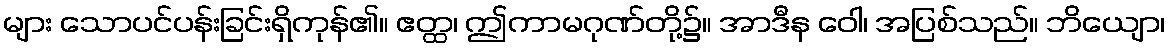
များ သောပင်ပန်းခြင်းရှိကုန်၏။ ဧတ္ထ၊ ဤကာမဂုဏ်တို့၌။ အာဒီန ဝေါ၊ အပြစ်သည်။ ဘိယျော၊